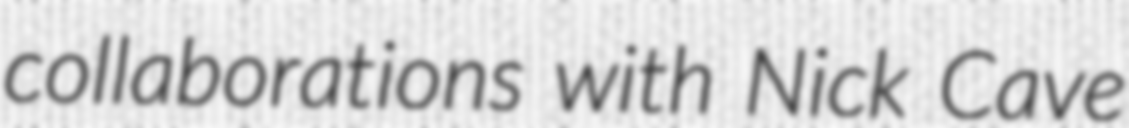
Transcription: collaborations with Nick Cave